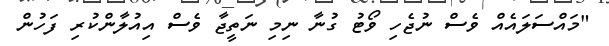
"މައްސަލައެއް ވެސް ނުޖެހި ވޯޓު ގުނާ ނިމި ނަތީޖާ ވެސް އިއުލާންކުރި ފަހުން